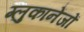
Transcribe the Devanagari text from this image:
ग्लुकानेजों